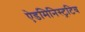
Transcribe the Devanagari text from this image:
ऐडमिनिस्ट्रटिव